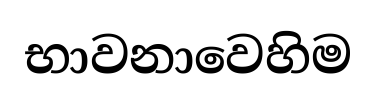
භාවනාවෙහිම